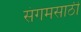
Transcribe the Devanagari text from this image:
संगमसाठी